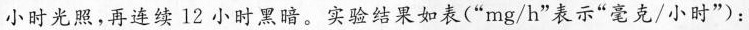
小时光照，再连续12小时黑暗。实验结果如表(”mg/h”表示”毫克/小时”)：